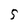
Character: 5